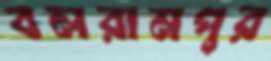
বলরামপুর